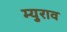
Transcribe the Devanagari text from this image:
म्युराव